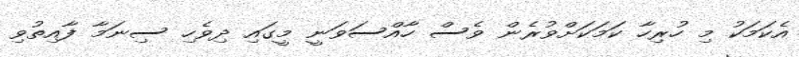
އެކަމަކު މި ހުރިހާ ކަމަކަށްވުރެން ވެސް ހާއްސަވަނީ މީގައި ދިވެހި ސިނަމާ ފާއިތުވި